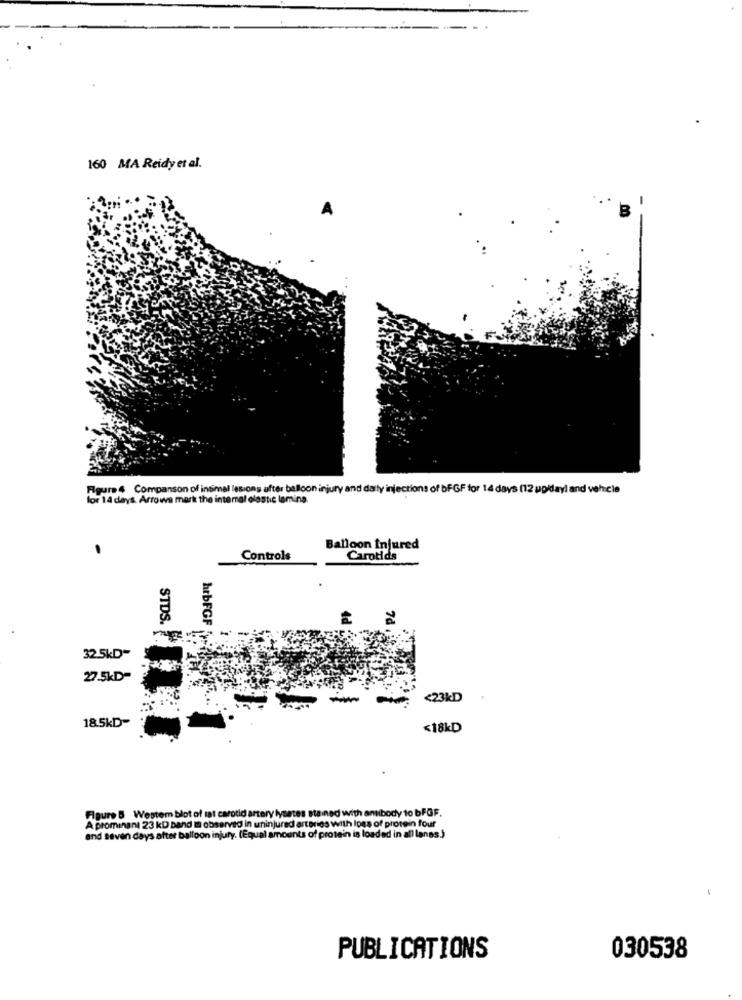
160 MA Reidy et al.
Figure 4 Companson of intimal lesions after balloon injury and darty injections of bFGF for 14 days (12 uplay) and vehicle
for 14 days. Arrows mark the intemal elastic lamina.
Balloon Injured
Controls
Carotids
STDS.
hrbFGF
32.5kD"
27.5kD=
<23kD
18.5kD-
<18kD
Figure 5 Western blot of sat carotid artery lysates sta ined with antibody to bFGF.
A prominent 23 kD Band I observed in uninjured arteries with Ipss of protein four
and seven days after balloon injury. (Equal amounts of protein is loaded in all lanas.)
PUBLICATIONS
030538